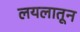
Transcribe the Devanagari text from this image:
लयलातून